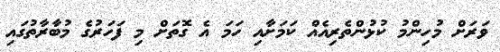
ވަރަށް މުހިންމު ކުޅުންތެރިއެއް ކަމަށާއި ހަމަ އެ ގޮތަށް މި ފަހަރުގެ މުބާރާތުގައި